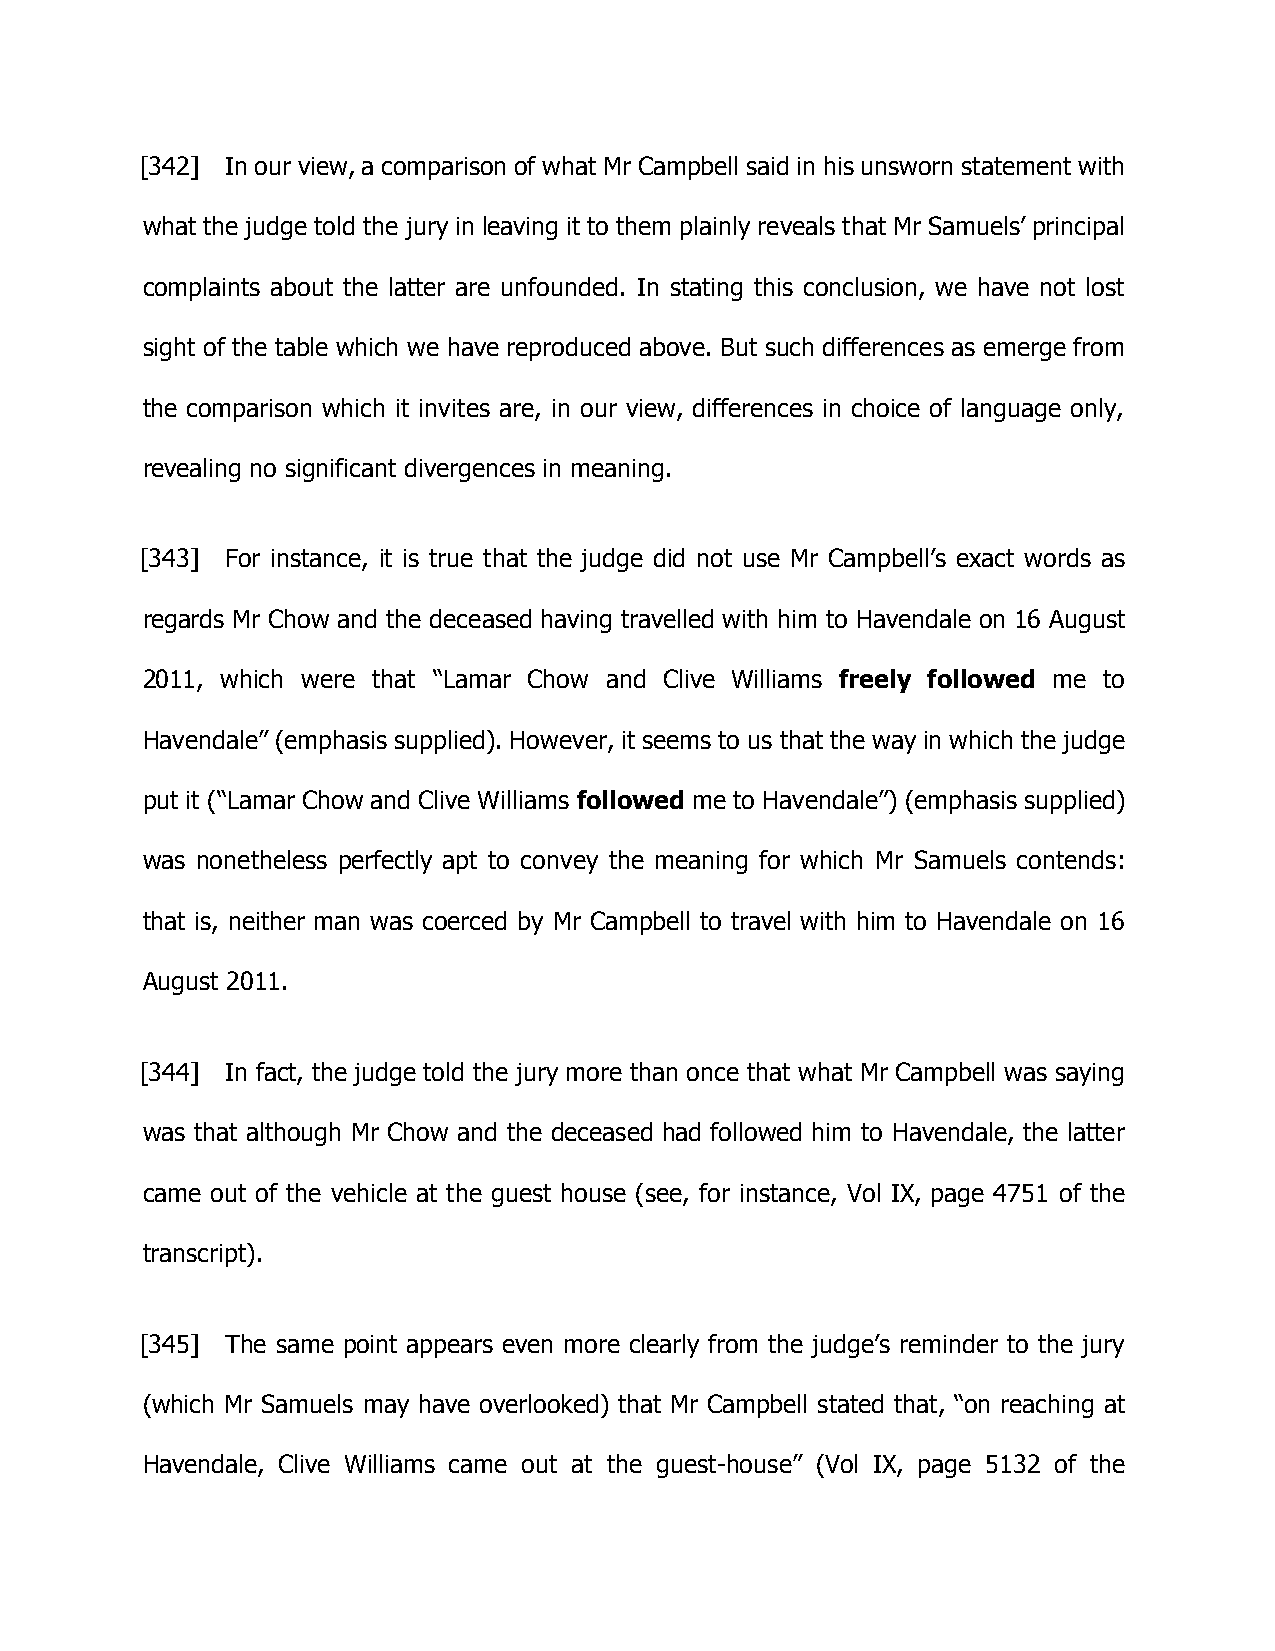
[342] In our view, a comparison of what Mr Campbell said in his unsworn statement with
 what the judge told the jury in leaving it to them plainly reveals that Mr Samuels’ principal
 complaints about the latter are unfounded. In stating this conclusion, we have not lost
 sight of the table which we have reproduced above. But such differences as emerge from
 the comparison which it invites are, in our view, differences in choice of language only,
 revealing no significant divergences in meaning.
 [343] For instance, it is true that the judge did not use Mr Campbell’s exact words as
 regards Mr Chow and the deceased having travelled with him to Havendale on 16 August
 2011, which were that “Lamar Chow and Clive Williams freely followed me to
 Havendale” (emphasis supplied). However, it seems to us that the way in which the judge
 put it (“Lamar Chow and Clive Williams followed me to Havendale”) (emphasis supplied)
 was nonetheless perfectly apt to convey the meaning for which Mr Samuels contends:
 that is, neither man was coerced by Mr Campbell to travel with him to Havendale on 16
 August 2011.
 [344] In fact, the judge told the jury more than once that what Mr Campbell was saying
 was that although Mr Chow and the deceased had followed him to Havendale, the latter
 came out of the vehicle at the guest house (see, for instance, Vol IX, page 4751 of the
 transcript).
 [345] The same point appears even more clearly from the judge’s reminder to the jury
 (which Mr Samuels may have overlooked) that Mr Campbell stated that, “on reaching at
 Havendale, Clive Williams came out at the guest-house” (Vol IX, page 5132 of the